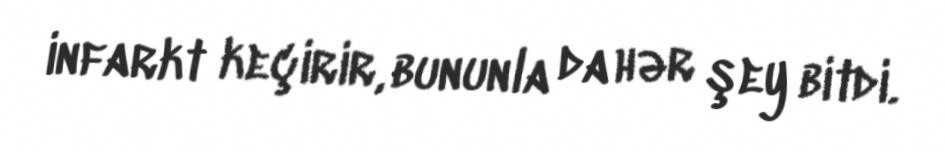
infarkt keçirir, bununla da hər şey bitdi.